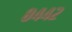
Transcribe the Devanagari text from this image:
८४४२